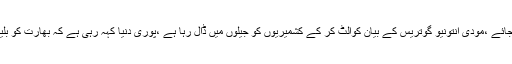
مشال ملک نے کہاکہ یو این سیکرٹری جنرل نے کہا کہ پوری دنیا کی جیلوں سے لوگوں کو رہا کیا جائے ،مودی انتونیو گوتریس کے بیان کوالٹ کر کے کشمیریوں کو جیلوں میں ڈال رہا ہے ،پوری دنیا کہہ رہی ہے کہ بھارت کو بلیک لسٹ کیاجائے، پوری دنیا کو اب جاگنا ہو گا اور کورونا کی آڑ میں بھارتی مظالم کو روکنا ہو گا۔